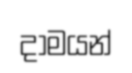
දාමයන්